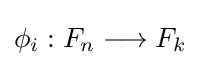
{\textstyle \phi _{i}:F_{n}\longrightarrow F_{k}}